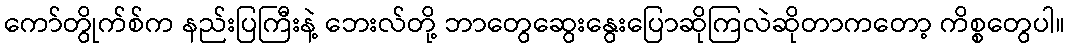
ကော်တွိုက်စ်က နည်းပြကြီးနဲ့ ဘေးလ်တို့ ဘာတွေဆွေးနွေးပြောဆိုကြလဲဆိုတာကတော့ ကိစ္စတွေပါ။